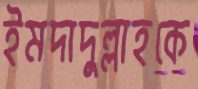
ইমদাদুল্লাহকে